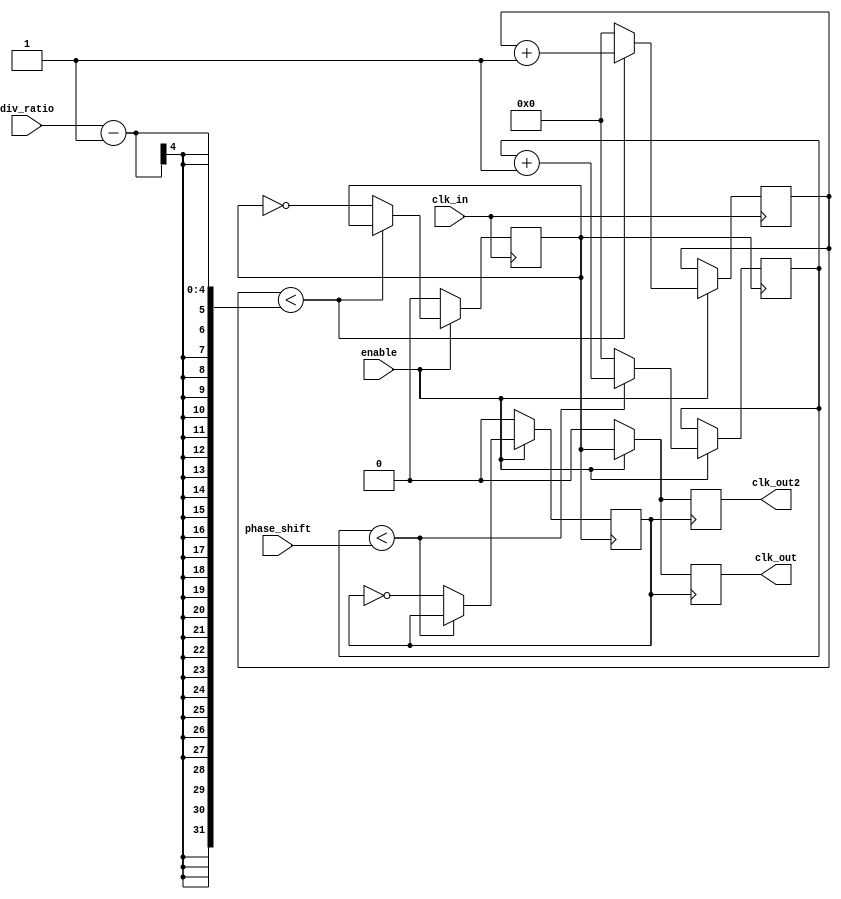
module ProgrammableClockBuffer (
    input wire clk_in,                // Primary input clock
    input wire [3:0] div_ratio,       // Programmable division ratio (1 to 16)
    input wire [3:0] phase_shift,      // Programmable phase shift (in clock cycles)
    input wire enable,                 // Output enable signal
    output reg clk_out,                // Output clock
    output reg clk_out2                // Second output clock (for multiple outputs)
);

    // Internal signals
    reg [3:0] counter;                 // Counter for frequency division
    reg [3:0] phase_counter;           // Counter for phase adjustment
    reg clk_div;                       // Divided clock signal
    reg clk_phase;                     // Phase adjusted clock signal

    // Frequency division logic
    always @(posedge clk_in) begin
        if (enable) begin
            if (counter < div_ratio - 1) begin
                counter <= counter + 1;
            end else begin
                counter <= 0;
                clk_div <= ~clk_div; // Toggle the divided clock
            end
        end else begin
            clk_div <= 0; // Disable divided clock when enable is low
        end
    end

    // Phase adjustment logic
    always @(posedge clk_div) begin
        if (enable) begin
            if (phase_counter < phase_shift) begin
                phase_counter <= phase_counter + 1;
            end else begin
                phase_counter <= 0;
                clk_phase <= ~clk_phase; // Toggle the phase adjusted clock
            end
        end else begin
            clk_phase <= 0; // Disable phase adjusted clock when enable is low
        end
    end

    // Output clock generation
    always @(posedge clk_phase) begin
        if (enable) begin
            clk_out <= clk_div; // Output the divided clock
            clk_out2 <= clk_div; // Second output clock (can be configured differently)
        end else begin
            clk_out <= 0; // Disable output clock when enable is low
            clk_out2 <= 0; // Disable second output clock when enable is low
        end
    end

endmodule